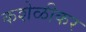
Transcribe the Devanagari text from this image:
कशेळीकर